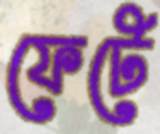
ফেটে